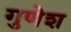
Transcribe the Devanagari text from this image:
गुणेश